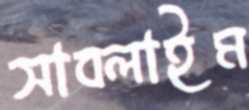
সাবলাইম